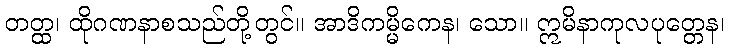
တတ္ထ၊ ထိုဂဏနာစသည်တို့တွင်။ အာဒိကမ္မိကေန၊ သော။ ဣမိနာကုလပုတ္တေန၊